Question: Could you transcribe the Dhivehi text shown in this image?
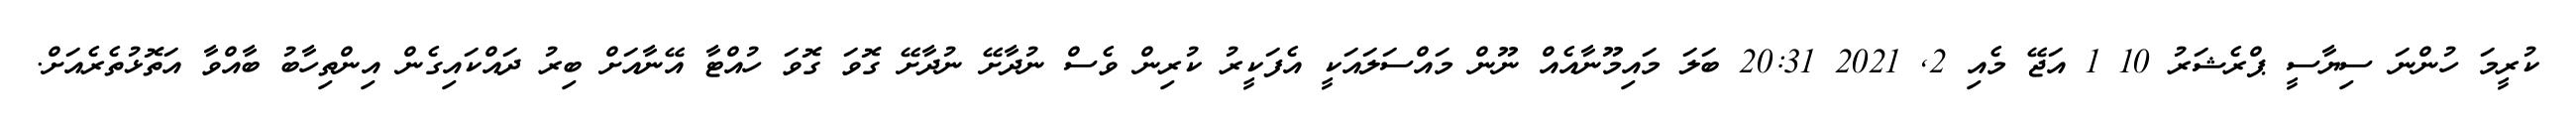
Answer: ކުރީމަ ހުންނަ ސިޔާސީ ޕްރެޝަރު 10 1 އަޖޭ މެއި 2, 2021 20:31 ބަލަ މައިމޫނާއެއް ނޫން މައްސަލައަކީ އެފަކީރު ކުރިން ވެސް ނުދާށޭ ނުދާށޭ ގޮވަ ގޮވަ ހުއްޓާ އޭނާއަށް ބިރު ދައްކައިގެން އިންތިހާބު ބާއްވާ އަތޮޅުތެރެއަށް.